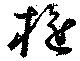
旋